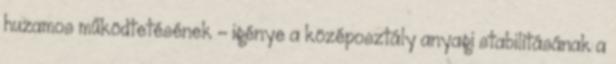
huzamos működtetésének - igénye a középosztály anyagi stabilitásának a